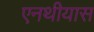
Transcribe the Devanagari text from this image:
एनथीयास